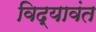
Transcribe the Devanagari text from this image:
विद्यावंत